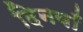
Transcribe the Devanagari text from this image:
दिनवाँ